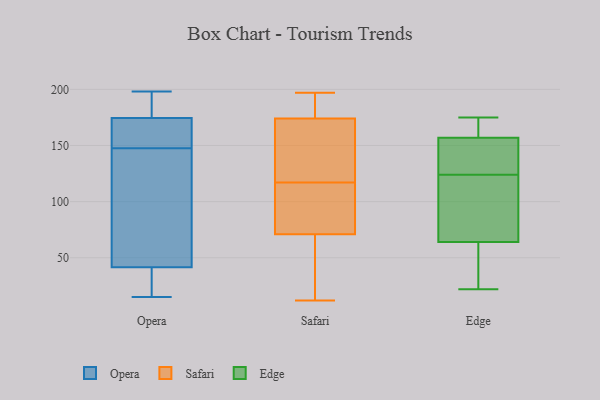
{"axis": {"x": "Waste Production (Tons)", "y": "Value"}, "legend": ["Edge", "Opera", "Safari"], "data": [{"x": "", "y": 34, "type": "Opera"}, {"x": "", "y": 147, "type": "Opera"}, {"x": "", "y": 177, "type": "Opera"}, {"x": "", "y": 78, "type": "Opera"}, {"x": "", "y": 198, "type": "Opera"}, {"x": "", "y": 49, "type": "Opera"}, {"x": "", "y": 26, "type": "Opera"}, {"x": "", "y": 15, "type": "Opera"}, {"x": "", "y": 171, "type": "Opera"}, {"x": "", "y": 148, "type": "Opera"}, {"x": "", "y": 172, "type": "Opera"}, {"x": "", "y": 193, "type": "Opera"}, {"x": "", "y": 12, "type": "Safari"}, {"x": "", "y": 197, "type": "Safari"}, {"x": "", "y": 189, "type": "Safari"}, {"x": "", "y": 174, "type": "Safari"}, {"x": "", "y": 71, "type": "Safari"}, {"x": "", "y": 123, "type": "Safari"}, {"x": "", "y": 111, "type": "Safari"}, {"x": "", "y": 162, "type": "Safari"}, {"x": "", "y": 153, "type": "Safari"}, {"x": "", "y": 68, "type": "Safari"}, {"x": "", "y": 196, "type": "Safari"}, {"x": "", "y": 70, "type": "Safari"}, {"x": "", "y": 78, "type": "Safari"}, {"x": "", "y": 67, "type": "Safari"}, {"x": "", "y": 177, "type": "Safari"}, {"x": "", "y": 109, "type": "Safari"}, {"x": "", "y": 132, "type": "Safari"}, {"x": "", "y": 87, "type": "Safari"}, {"x": "", "y": 129, "type": "Edge"}, {"x": "", "y": 44, "type": "Edge"}, {"x": "", "y": 22, "type": "Edge"}, {"x": "", "y": 119, "type": "Edge"}, {"x": "", "y": 175, "type": "Edge"}, {"x": "", "y": 158, "type": "Edge"}, {"x": "", "y": 89, "type": "Edge"}, {"x": "", "y": 157, "type": "Edge"}, {"x": "", "y": 152, "type": "Edge"}, {"x": "", "y": 64, "type": "Edge"}]}